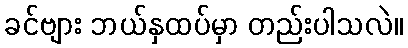
ခင်ဗျား ဘယ်နှထပ်မှာ တည်းပါသလဲ။